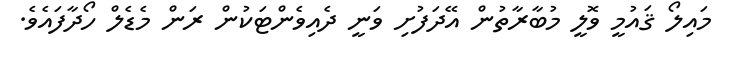
މައިލޯ ޤައުމީ ވޮލީ މުބާރާތުން އޭދަފުށި ވަނީ ދެއިވެންޓަކުން ރަން މެޑެލް ހޯދާފައެވެ.